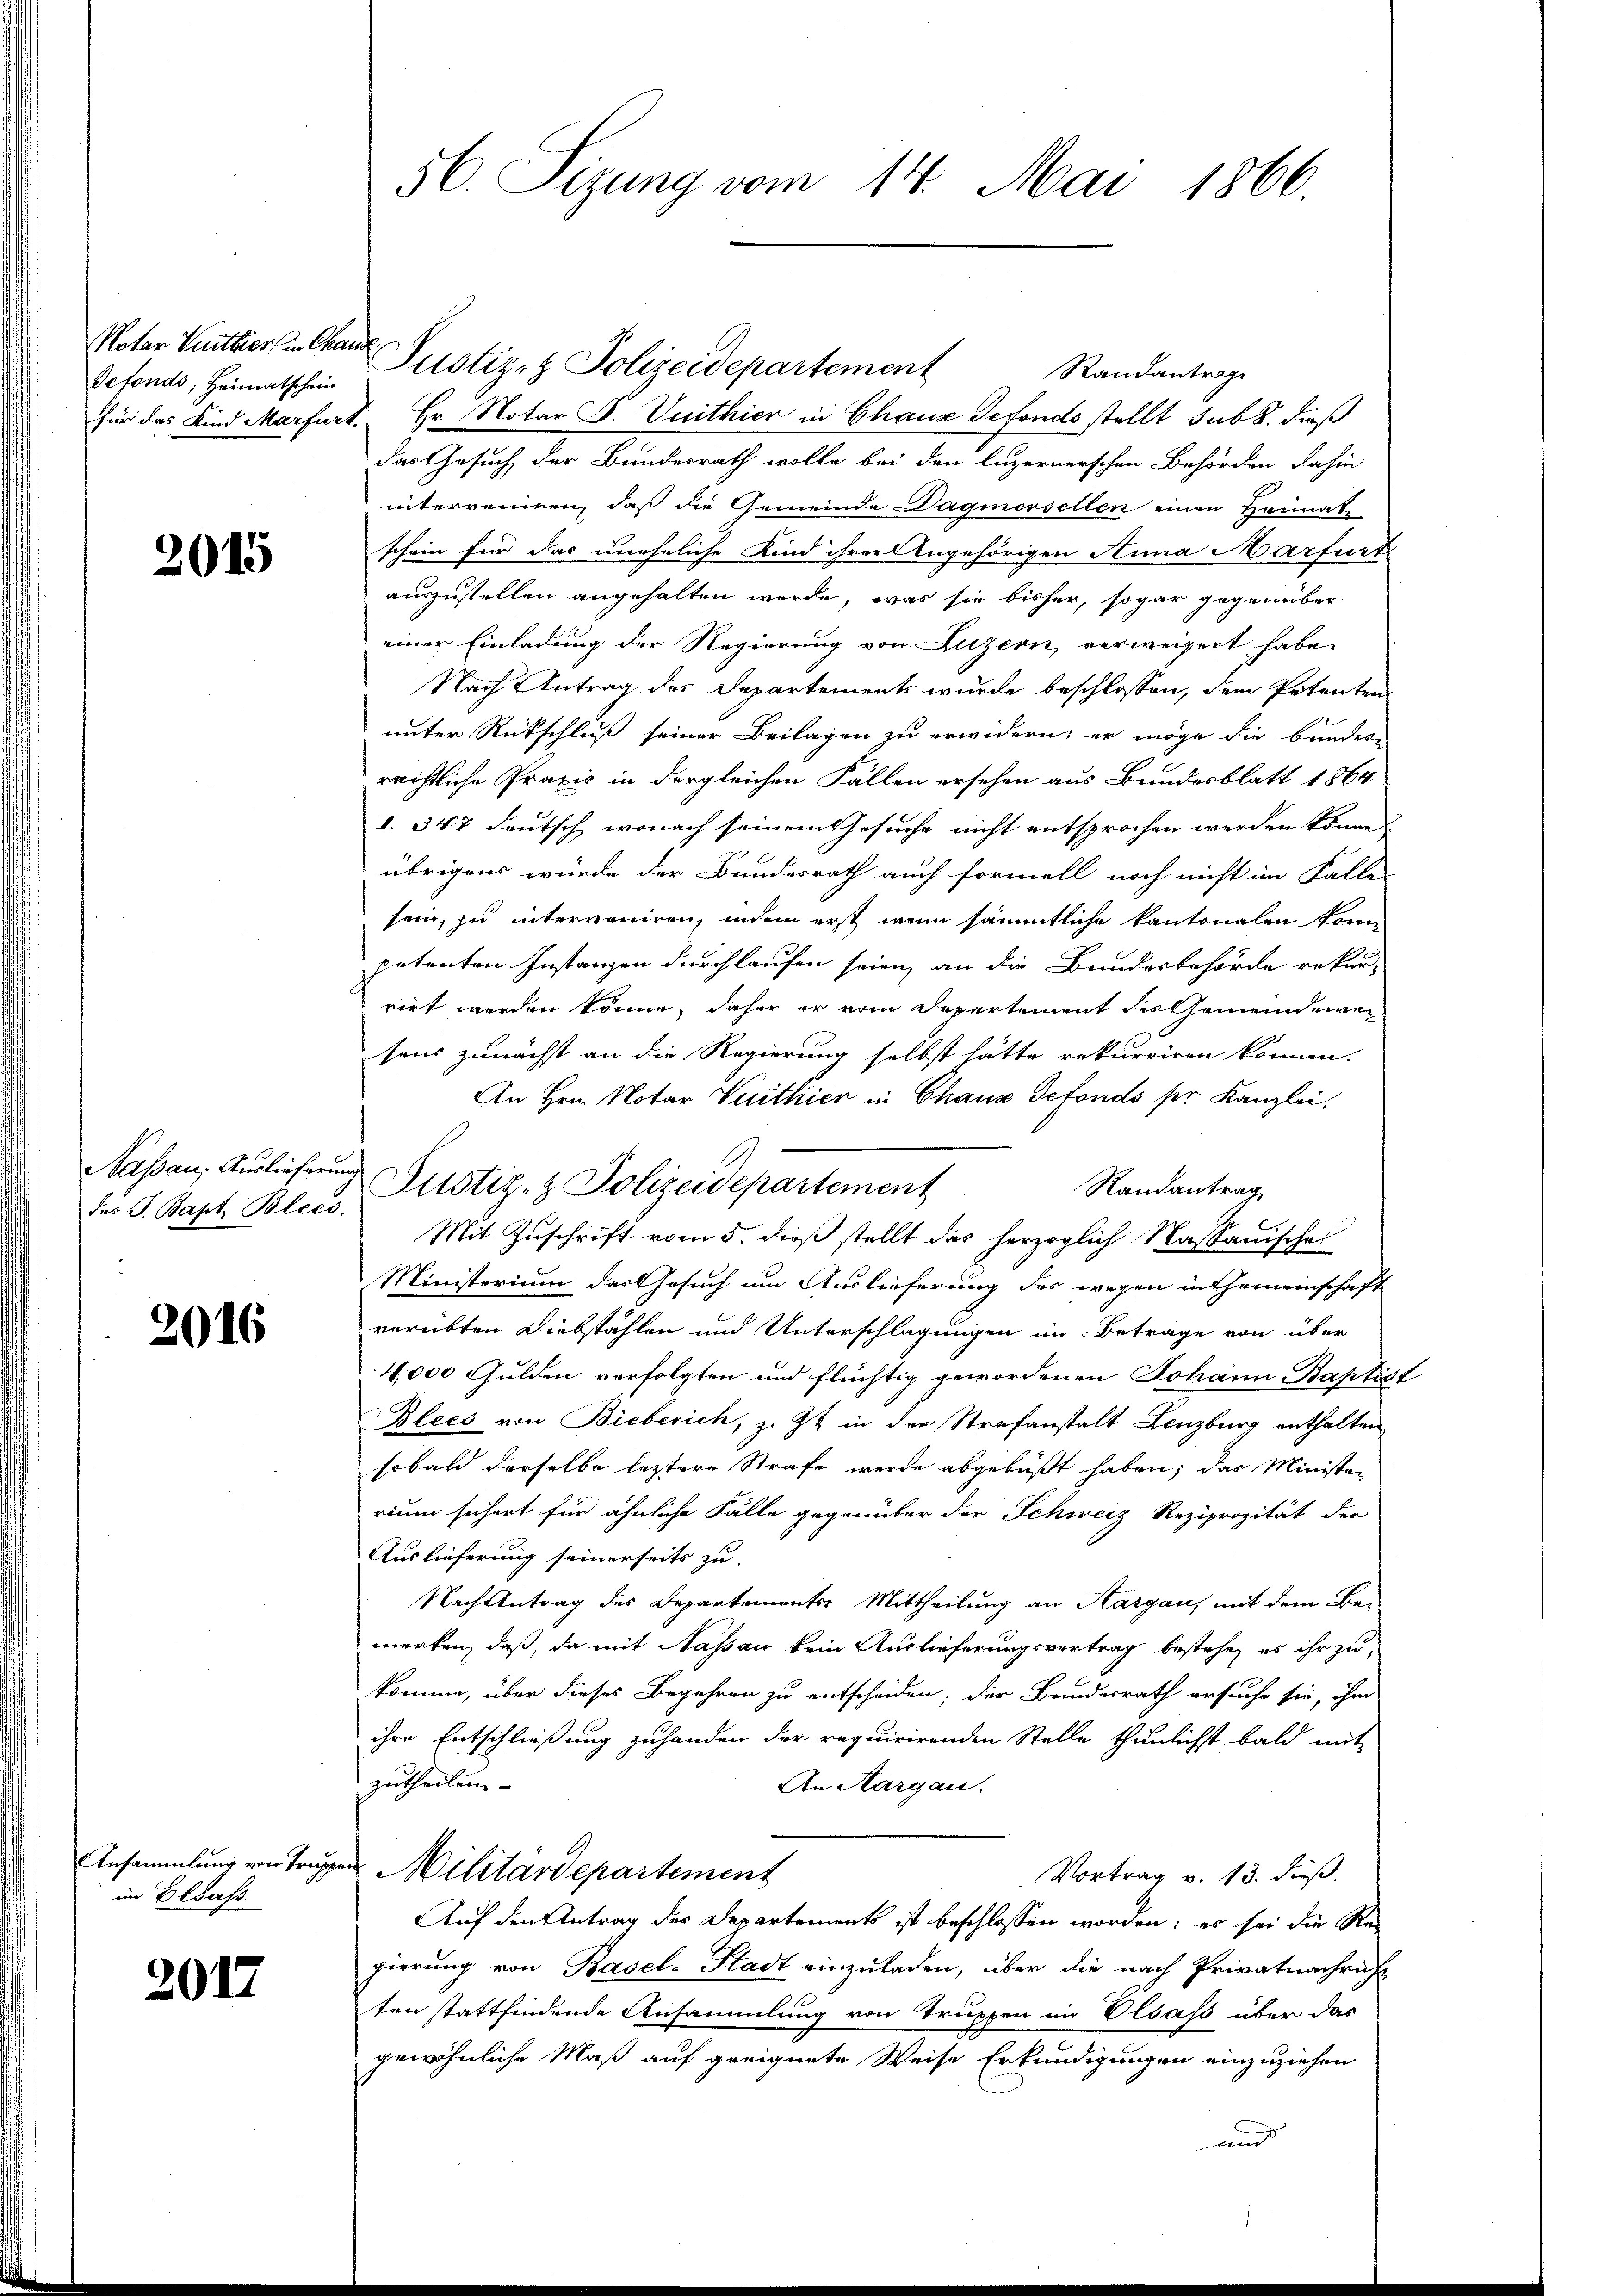
Notar Quittier in Chanz
defonds, Heimatschein

2015

des J. Bapt. Blecs.

2016

Ansammlung von Trupp
im Elsass.

2017

Randantrage
für das Kind Marfurt. Hr. Notar F. Vuithier in Chaux defonds stellt sub 8. dieß
das Gesuch der Bundesrath wolle bei den luzernerschen Behörden dahin
interreiren, daß die Gemeinde Dagiersellen einen Heimat
schein für das uneheliche Kind ihrer Angehörigen Anna Marfurt
auszustellen angehalten werde, was sie bisher, sogar gegenüber
einer Einladung der Regierung von Luzern, verweigert habe,
Nach Antrag des Departements wurde beschlossen, dem Petenten
unter Rückschluß seiner Beilagen zu erwidern; er möge die bundes-
reichtliche Praxis in dergleichen Fällen ersehen aus Bundesblatt 1864
I. 347 deutsch, wonach seinem Gesuche nicht entsprochen werden könne.
übrigens würde der Bundesrath auch formell noch nicht im Falle
sein, zu interveniren, indem erst wenn sämmtliche Kantonalen konn
petenten Instanzen durchlaufen seien, an die Bundesbehörde rekur-
rirt werden könne, daher er vom Departement des Gemeindewei
saus zunächst an die Regierung selbst hätte rekurriren können.
An Hrn. Notar Vuithier in Chaus Gefonds per Kanzlei,
Rautantrag
Mit Zuschrift vom 5. dieß stellt das herzoglich Massauischei
Ministerium das Gesuch um Auslieferung des wegen in Gemeinschaft
verübten Diebstählen und Unterschlagungen im Betrage von über
4,000 Gulden verfolgten und flüchtig gewordenen Johann Baptist
Blees von Bieberich, z. Zt. in der Strafanstalt Lenzburg enthalten
sobald derselbe leztere Strafe werde abgebüßt haben; das Ministen
rium sichert für ähnliche Fälle gegenüber der Schweiz Reziprozität der
Auslieferung seinerseits zu
Nach Antrag des Departements Mittheilung an Hargau, mit dem Be-
merken, daß, da mit Nassau kein Auslieferungsvertrag bestehe, es ihr zu
komme, über dieses Begehren zu entscheiden; der Bundesrath ersuche sie, ihm
ihre Entschließung zuhanden der requirirenden Stelle thunlichst bald mit
zutheilen. |
An Aargau.
und Militärdepartement
Vortrag v. 13. dieß.
Auf den Antrag des Departements ist beschlossen worden; es sei die Re-
gierung von Basel-Stadt einzuladen, über die nach Privatnachricht
ten stattfindende Ansammlung von Truppen im Elsass über das
gewöhnliche Maß auf geeignete Weise Erkundigungen einzuziehen
dent

56. Sizung vom 14. Mai 1866.

Justiz- & Polizeidepartement

Naßau, Auslieferung Pustiz- & Polizeidepartement